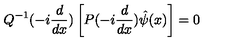
Q ^ { - 1 } ( - i \frac { d } { d x } ) \left[ P ( - i \frac { d } { d x } ) \hat { \psi } ( x ) \right] = 0